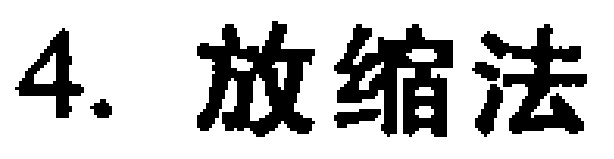
4. 放缩法